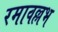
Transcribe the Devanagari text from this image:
रमावल्लभ